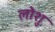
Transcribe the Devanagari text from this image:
लोशु